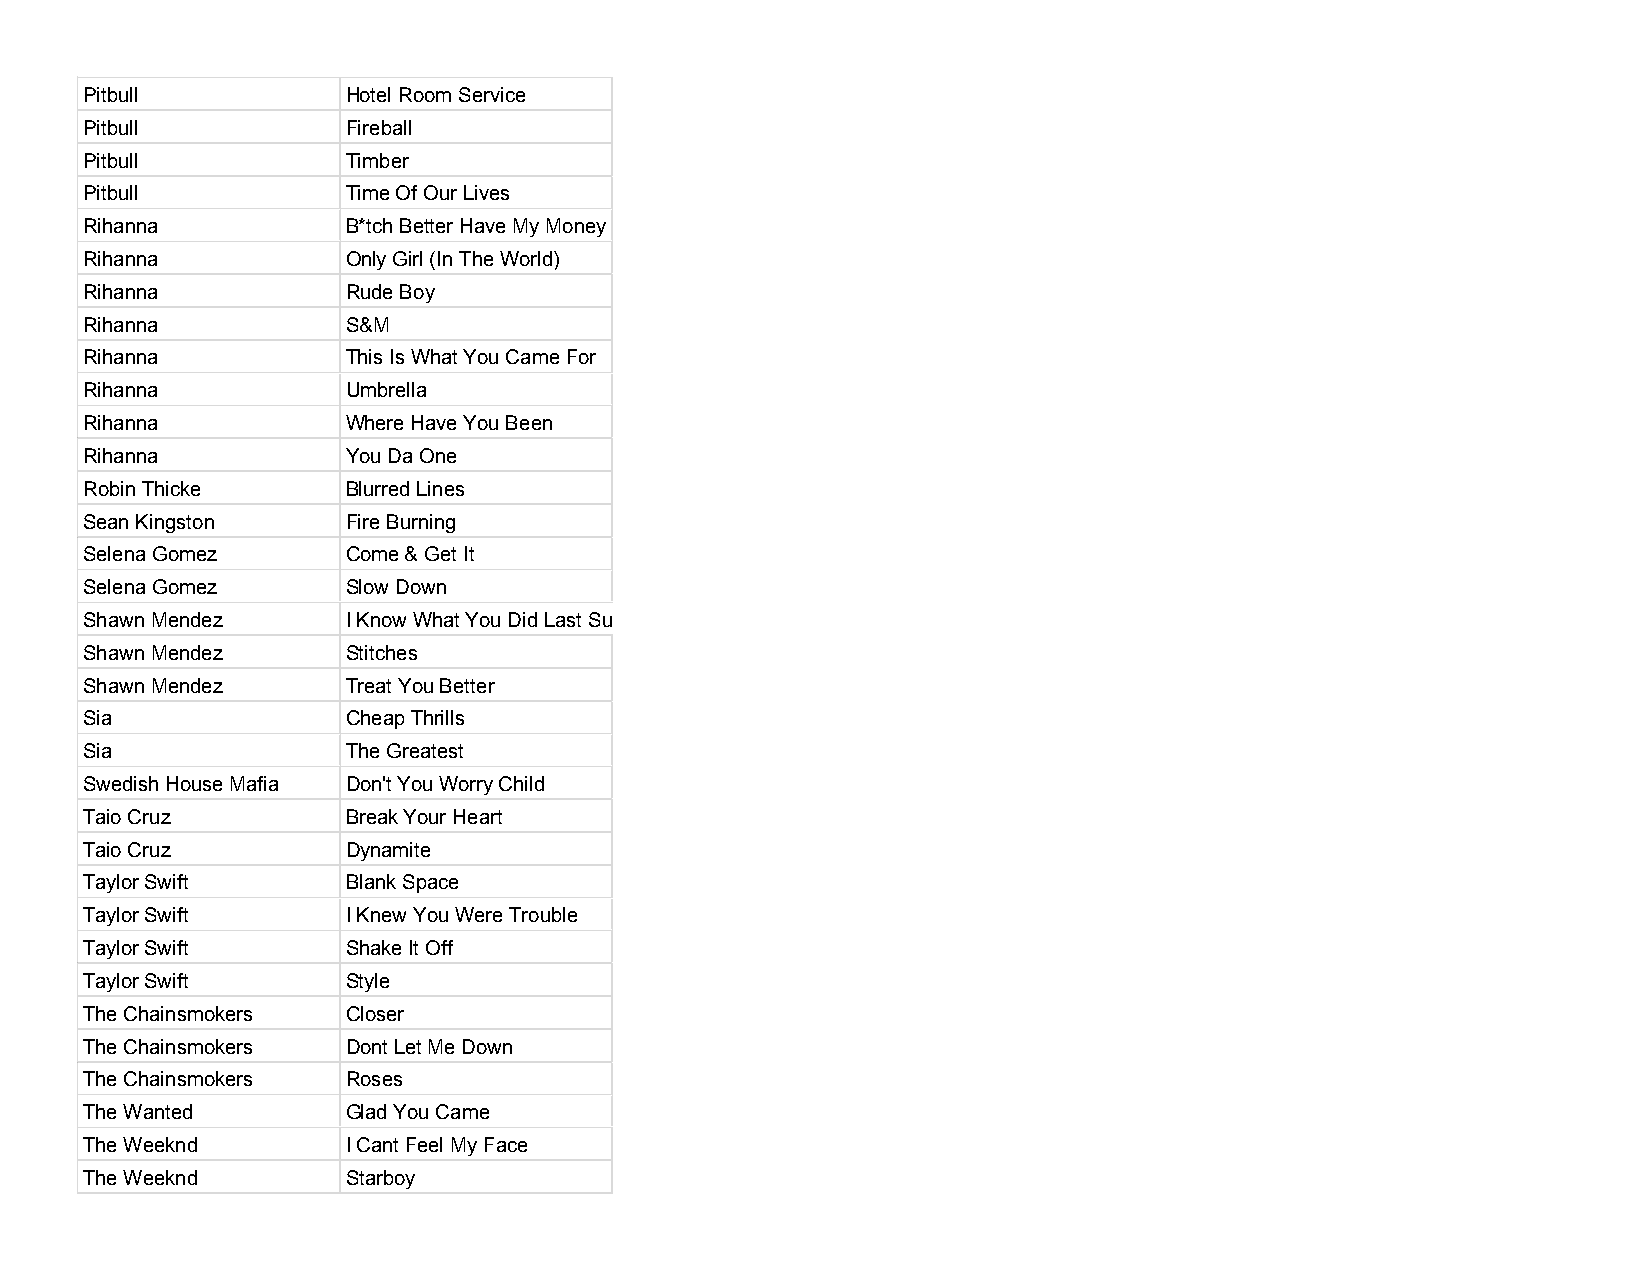
Pitbull           Hotel Room Service
 Pitbull           Fireball
 Pitbull           Timber
 Pitbull           Time Of Our Lives
 Rihanna           B*tch Better Have My Money
 Rihanna           Only Girl (In The World)
 Rihanna           Rude Boy
 Rihanna           S&M
 Rihanna           This Is What You Came For
 Rihanna           Umbrella
 Rihanna           Where Have You Been
 Rihanna           You Da One
 Robin Thicke      Blurred Lines
 Sean Kingston     Fire Burning
 Selena Gomez      Come & Get It
 Selena Gomez      Slow Down
 Shawn Mendez      I Know What You Did Last Summer
 Shawn Mendez      Stitches
 Shawn Mendez      Treat You Better
 Sia               Cheap Thrills
 Sia               The Greatest
 Swedish House Mafia Don't You Worry Child
 Taio Cruz         Break Your Heart
 Taio Cruz         Dynamite
 Taylor Swift      Blank Space
 Taylor Swift      I Knew You Were Trouble
 Taylor Swift      Shake It Off
 Taylor Swift      Style
 The Chainsmokers  Closer
 The Chainsmokers  Dont Let Me Down
 The Chainsmokers  Roses
 The Wanted        Glad You Came
 The Weeknd        I Cant Feel My Face
 The Weeknd        Starboy